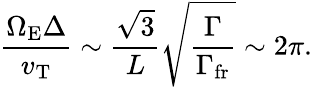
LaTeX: \frac{\Omega_{\mathrm{E}}\Delta}{v_{\mathrm{T}}}\sim\frac{\sqrt{3}}{L}\sqrt{\frac{\Gamma}{\Gamma_{\mathrm{fr}}}}\sim 2\pi.